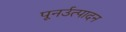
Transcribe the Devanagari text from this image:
पूनर्उत्पादन